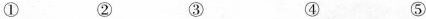
① ② ③ ④ ⑤